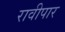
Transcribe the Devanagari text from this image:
रावीपार